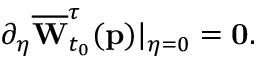
\partial _ { \eta } \overline { { \mathbf { W } } } _ { t _ { 0 } } ^ { \tau } ( \mathbf { p } ) \vert _ { \eta = 0 } = \mathbf { 0 } .